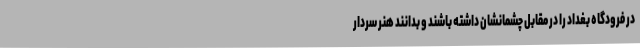
در فرودگاه بغداد را در مقابل چشمانشان داشته باشند و بدانند هنر سردار